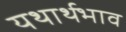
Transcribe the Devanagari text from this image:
यथार्थभाव